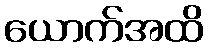
ယောက်အထိ